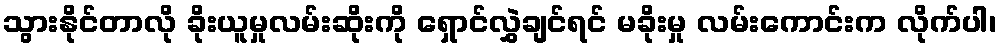
သွားနိုင်တာလို ခိုးယူမှုလမ်းဆိုးကို ရှောင်လွှဲချင်ရင် မခိုးမှု လမ်းကောင်းက လိုက်ပါ၊